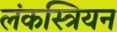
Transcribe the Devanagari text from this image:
लंकस्त्रियन